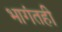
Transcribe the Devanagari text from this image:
भागंतही